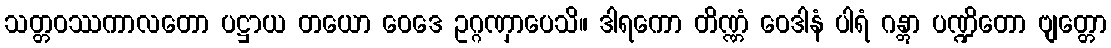
သတ္တဝဿကာလတော ပဋ္ဌာယ တယော ဝေဒေ ဥဂ္ဂဏှာပေသိ။ ဒါရကော တိဏ္ဏံ ဝေဒါနံ ပါရံ ဂန္တွာ ပဏ္ဍိတော ဗျတ္တော